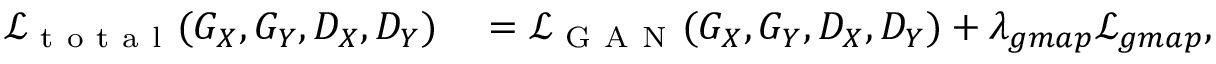
\begin{array} { r l } { \mathcal { L } _ { \mathrm { ~ t ~ o ~ t ~ a ~ l ~ } } ( G _ { X } , G _ { Y } , D _ { X } , D _ { Y } ) } & { { } = \mathcal { L } _ { \mathrm { ~ G ~ A ~ N ~ } } ( G _ { X } , G _ { Y } , D _ { X } , D _ { Y } ) + \lambda _ { g m a p } \mathcal { L } _ { g m a p } , } \end{array}